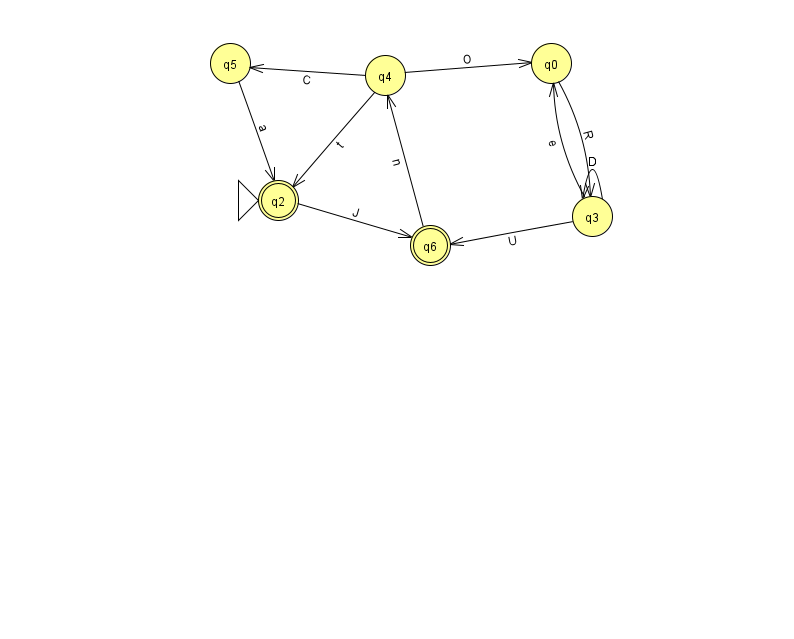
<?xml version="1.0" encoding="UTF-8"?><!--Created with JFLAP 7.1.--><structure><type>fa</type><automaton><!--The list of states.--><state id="0" name="q0"><x>551.0</x><y>50.0</y></state><state id="2" name="q2"><x>278.0</x><y>187.0</y><initial/><final/></state><state id="3" name="q3"><x>592.0</x><y>203.0</y></state><state id="4" name="q4"><x>385.0</x><y>62.0</y></state><state id="5" name="q5"><x>230.0</x><y>50.0</y></state><state id="6" name="q6"><x>430.0</x><y>232.0</y><final/></state><!--The list of transitions.--><transition><from>4</from><to>2</to><read>t</read></transition><transition><from>2</from><to>6</to><read>J</read></transition><transition><from>3</from><to>3</to><read>D</read></transition><transition><from>3</from><to>6</to><read>U</read></transition><transition><from>6</from><to>4</to><read>n</read></transition><transition><from>4</from><to>0</to><read>O</read></transition><transition><from>3</from><to>0</to><read>e</read></transition><transition><from>4</from><to>5</to><read>C</read></transition><transition><from>0</from><to>3</to><read>R</read></transition><transition><from>5</from><to>2</to><read>a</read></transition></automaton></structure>